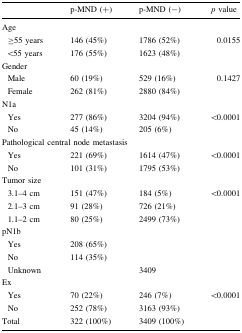
<table><thead><tr><td></td><td><b>p-MND (+)</b></td><td><b>p-MND (−)</b></td><td><b><i>p</i> value</b></td></tr></thead><tbody><tr><td colspan="4">Age</td></tr><tr><td> ≥55 years</td><td>146 (45%)</td><td>1786 (52%)</td><td rowspan="2">0.0155</td></tr><tr><td> &lt;55 years</td><td>176 (55%)</td><td>1623 (48%)</td></tr><tr><td colspan="4">Gender</td></tr><tr><td> Male</td><td>60 (19%)</td><td>529 (16%)</td><td rowspan="2">0.1427</td></tr><tr><td> Female</td><td>262 (81%)</td><td>2880 (84%)</td></tr><tr><td colspan="4">N1a</td></tr><tr><td> Yes</td><td>277 (86%)</td><td>3204 (94%)</td><td rowspan="2">&lt;0.0001</td></tr><tr><td> No</td><td>45 (14%)</td><td>205 (6%)</td></tr><tr><td colspan="4">Pathological central node metastasis</td></tr><tr><td> Yes</td><td>221 (69%)</td><td>1614 (47%)</td><td rowspan="2">&lt;0.0001</td></tr><tr><td> No</td><td>101 (31%)</td><td>1795 (53%)</td></tr><tr><td colspan="4">Tumor size</td></tr><tr><td> 3.1–4 cm</td><td>151 (47%)</td><td>184 (5%)</td><td rowspan="3">&lt;0.0001</td></tr><tr><td> 2.1–3 cm</td><td>91 (28%)</td><td>726 (21%)</td></tr><tr><td> 1.1–2 cm</td><td>80 (25%)</td><td>2499 (73%)</td></tr><tr><td colspan="4">pN1b</td></tr><tr><td> Yes</td><td>208 (65%)</td><td></td><td></td></tr><tr><td> No</td><td>114 (35%)</td><td></td><td></td></tr><tr><td> Unknown</td><td></td><td>3409</td><td></td></tr><tr><td colspan="4">Ex</td></tr><tr><td> Yes</td><td>70 (22%)</td><td>246 (7%)</td><td rowspan="2">&lt;0.0001</td></tr><tr><td> No</td><td>252 (78%)</td><td>3163 (93%)</td></tr><tr><td>Total</td><td>322 (100%)</td><td>3409 (100%)</td><td></td></tr></tbody></table>